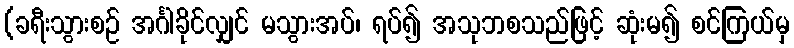
(ခရီးသွားစဉ် အင်္ဂါခိုင်လျှင် မသွားအပ်၊ ရပ်၍ အသုဘစသည်ဖြင့် ဆုံးမ၍ စင်ကြယ်မှ